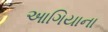
આગિયાના